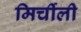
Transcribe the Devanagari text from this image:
मिर्चीली